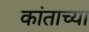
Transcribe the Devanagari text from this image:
कांताच्या